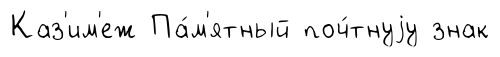
Каз'им'еж Па́м'ятный поч́тнуjу знак